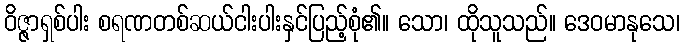
ဝိဇ္ဇာရှစ်ပါး စရဏတစ်ဆယ်ငါးပါးနှင်ပြည့်စုံ၏။ သော၊ ထိုသူသည်။ ဒေဝမာနုသေ၊